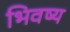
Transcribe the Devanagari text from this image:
भिवष्य